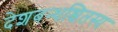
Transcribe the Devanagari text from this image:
देशबन्धश्चितस्य